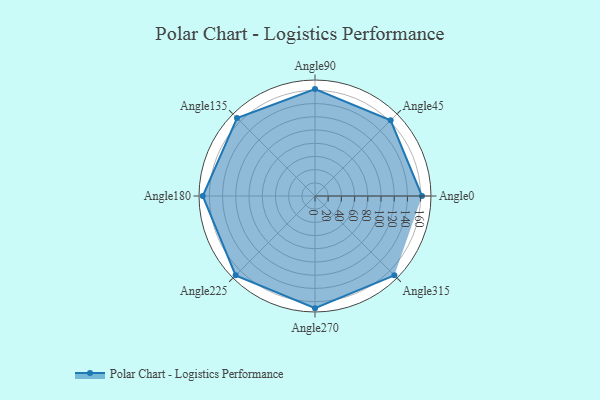
{"axis": {"x": "Angle", "y": "Radius"}, "legend": [""], "data": [{"x": "Angle0", "y": 162.0, "type": ""}, {"x": "Angle45", "y": 162.0, "type": ""}, {"x": "Angle90", "y": 162.0, "type": ""}, {"x": "Angle135", "y": 167.0, "type": ""}, {"x": "Angle180", "y": 170, "type": ""}, {"x": "Angle225", "y": 170, "type": ""}, {"x": "Angle270", "y": 170, "type": ""}, {"x": "Angle315", "y": 170, "type": ""}]}